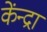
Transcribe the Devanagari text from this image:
केंन्द्रा